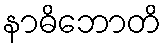
နာဓိဘောတိ